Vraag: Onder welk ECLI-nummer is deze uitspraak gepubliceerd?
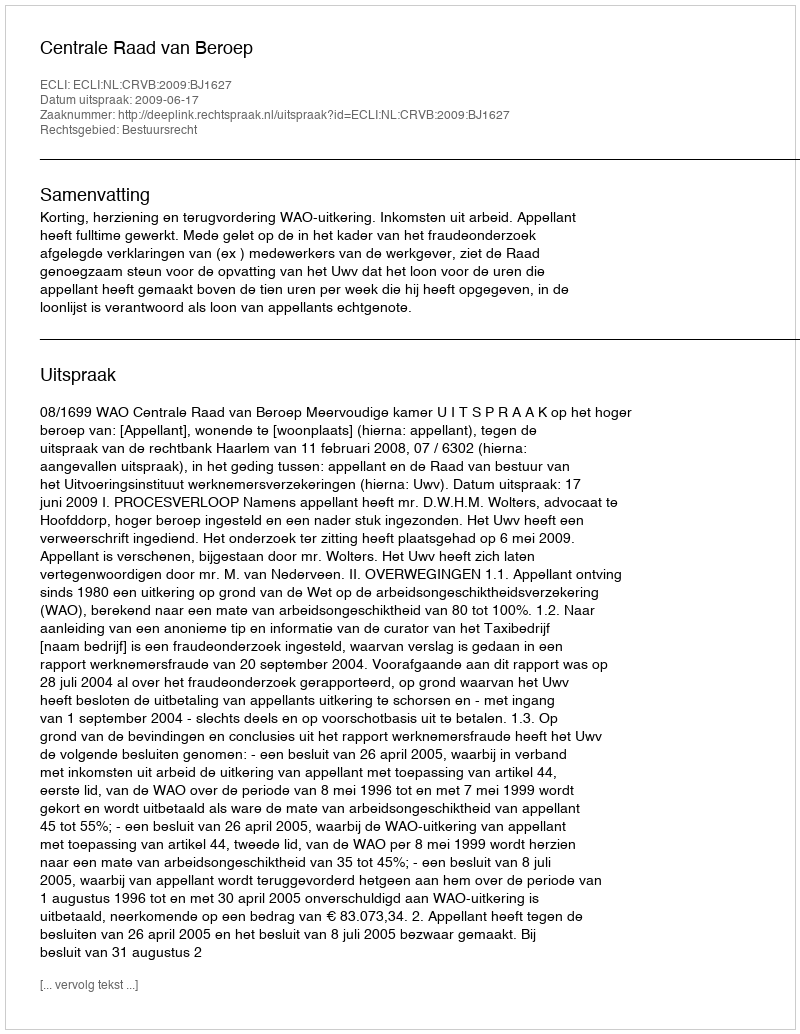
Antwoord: ECLI:NL:CRVB:2009:BJ1627